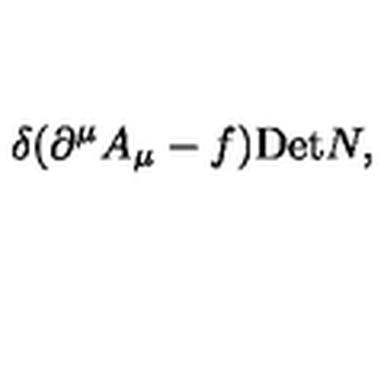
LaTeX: \delta ( \partial ^ { \mu } A _ { \mu } - f ) \mathrm { D e t } N ,